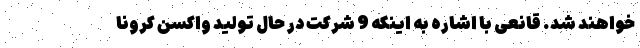
خواهند شد. قانعی با اشاره به اینکه 9 شرکت در حال تولید واکسن کرونا